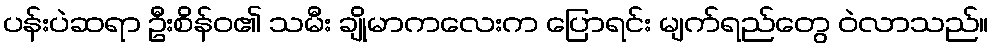
ပန်းပဲဆရာ ဦးစိန်ဝ၏ သမီး ချိုမာကလေးက ပြောရင်း မျက်ရည်တွေ ဝဲလာသည်။